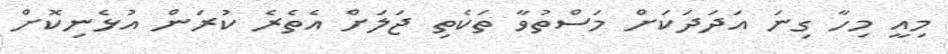
މިއީ މިހާ ގިނަ އަދަދަކަށް މަސްތުވާ ތަކެތި ޖަލަށް އެތެރެ ކުރަން އުޅެނިކޮށް